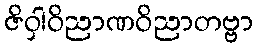
ဇိဝှါဝိညာဏဝိညာတဗ္ဗာ